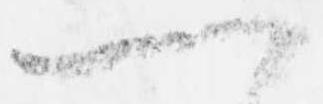
一